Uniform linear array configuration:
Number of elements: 4
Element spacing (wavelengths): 0.5
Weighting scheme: hamming
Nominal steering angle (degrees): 45
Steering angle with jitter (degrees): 46.69
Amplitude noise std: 0.05
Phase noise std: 0.05

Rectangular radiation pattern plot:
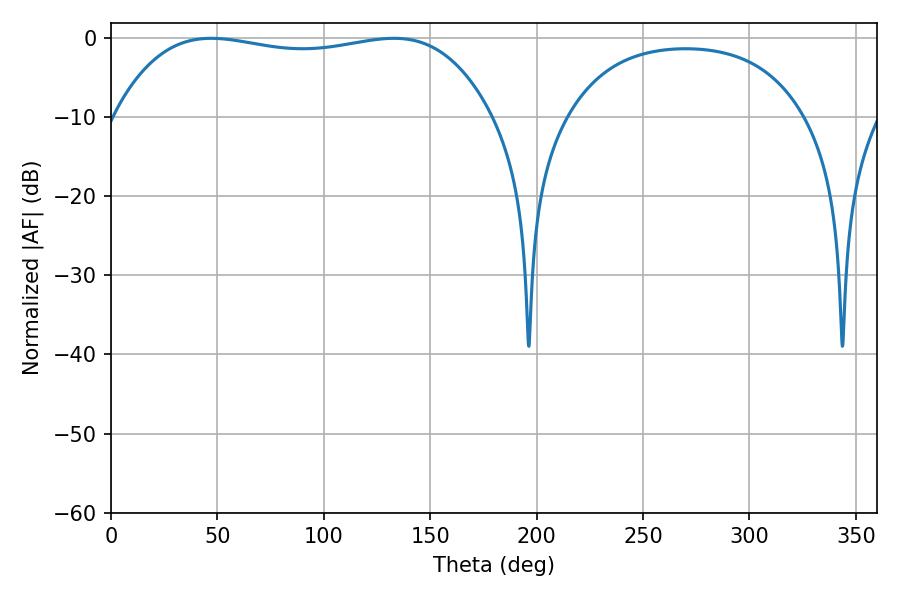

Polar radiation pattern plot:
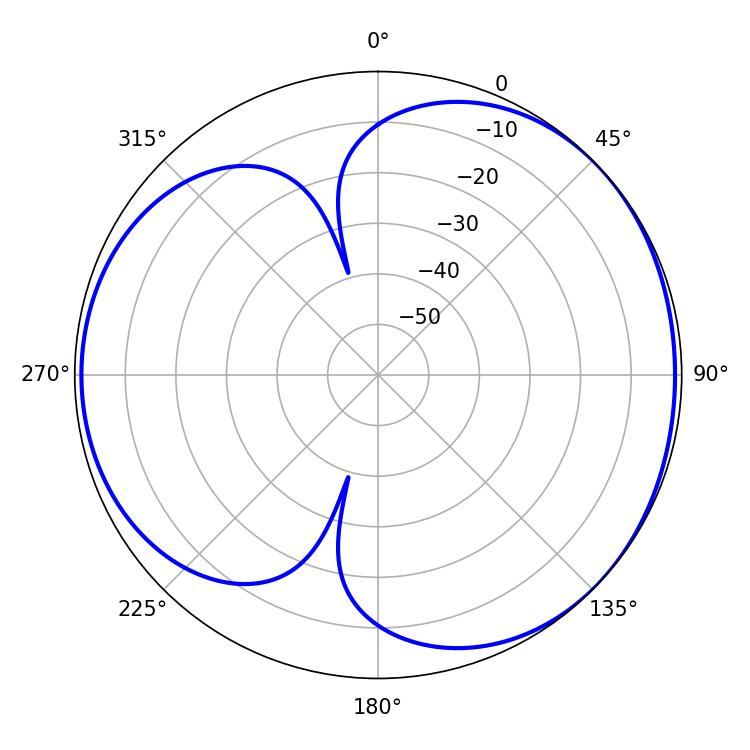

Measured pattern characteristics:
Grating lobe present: FALSE
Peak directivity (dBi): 4.113
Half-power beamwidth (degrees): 141.84
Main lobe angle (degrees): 47.16